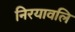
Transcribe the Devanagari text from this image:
निरयावलि